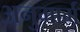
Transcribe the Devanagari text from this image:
अनुमार्ग